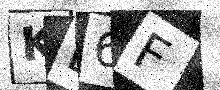
Text: KD6F